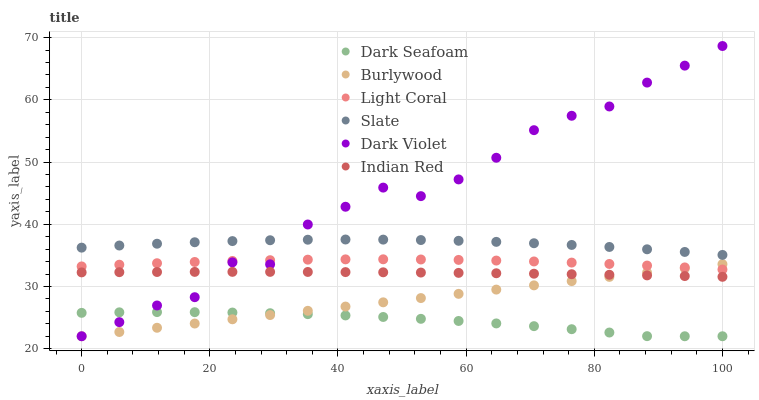
| xaxis_label | Dark Seafoam | Burlywood | Light Coral | Slate | Dark Violet | Indian Red |
 | --- | --- | --- | --- | --- | --- | --- |
 | 0 | 25.8 | 22 | 33.2 | 36.2 | 22 | 32.3 |
 | 5.88 | 25.8 | 22.7 | 33.5 | 36.6 | 24.3 | 32.3 |
 | 11.8 | 25.9 | 23.4 | 33.7 | 36.9 | 26.9 | 32.3 |
 | 17.6 | 25.9 | 24 | 33.9 | 37.1 | 28.3 | 32.3 |
 | 23.5 | 25.8 | 24.7 | 34.1 | 37.3 | 33.9 | 32.4 |
 | 29.4 | 25.7 | 25.4 | 34.2 | 37.4 | 33.6 | 32.3 |
 | 35.3 | 25.6 | 26.1 | 34.3 | 37.5 | 40 | 32.3 |
 | 41.2 | 25.3 | 26.8 | 34.4 | 37.6 | 42.8 | 32.3 |
 | 47.1 | 25.1 | 27.5 | 34.4 | 37.5 | 45.9 | 32.3 |
 | 52.9 | 24.8 | 28.1 | 34.3 | 37.5 | 44.5 | 32.2 |
 | 58.8 | 24.5 | 28.8 | 34.3 | 37.3 | 47.2 | 32.2 |
 | 64.7 | 24.1 | 29.5 | 34.2 | 37.2 | 50.7 | 32.1 |
 | 70.6 | 23.6 | 30.2 | 34 | 37 | 55.1 | 32.1 |
 | 76.5 | 23.1 | 30.9 | 33.8 | 36.7 | 57.4 | 32 |
 | 82.4 | 22.6 | 31.5 | 33.6 | 36.4 | 58.9 | 31.9 |
 | 88.2 | 22 | 32.2 | 33.4 | 36 | 62.8 | 31.8 |
 | 94.1 | 22 | 32.9 | 33.1 | 35.6 | 65.5 | 31.7 |
 | 100 | 22 | 33.6 | 32.7 | 35.1 | 68.7 | 31.6 |